Civil Veterinary Dept. Bombay admin report 1923-31 - 1923-1931
Year: 1923
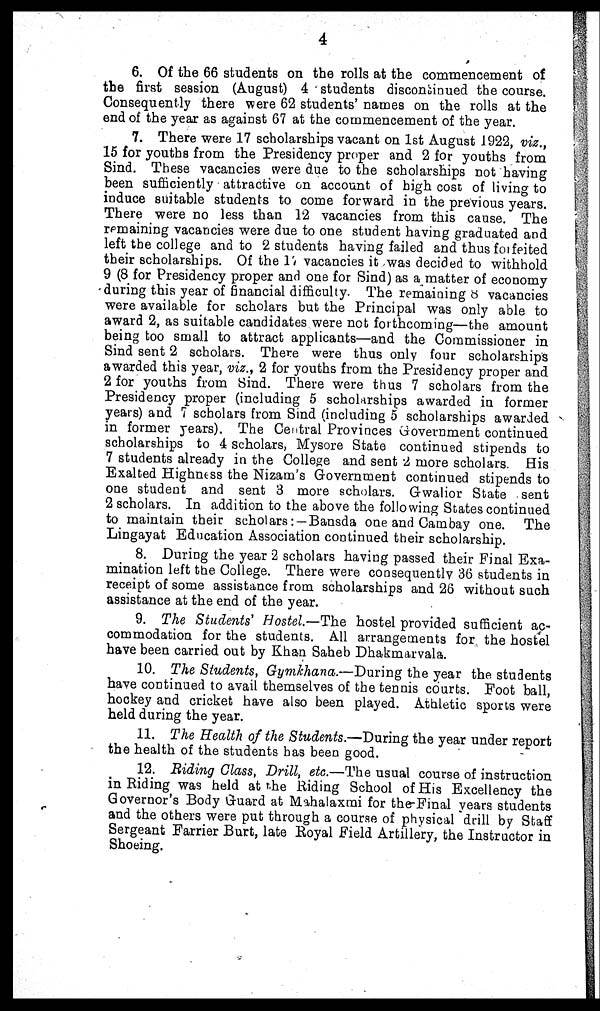
4
6. Of the 66 students on the rolls at the commencement of
the first session (August) 4 students discontinued the course.
Consequently there were 62 students' names on the rolls at the
end of the year as against 67 at the commencement of the year.
7. There were 17 scholarships vacant on 1st August 1922, viz.,
15 for youths from the Presidency proper and 2 for youths from
Sind. These vacancies were due to the scholarships not having
been sufficiently attractive on account of high cost of living to
induce suitable students to come forward in the previous years.
There were no less than 12 vacancies from this cause. The
remaining vacancies were due to one student having graduated and
left the college and to 2 students having failed and thus forfeited
their scholarships. Of the 17 vacancies it was decided to withhold
9 (8 for Presidency proper and one for Sind) as a matter of economy
during this year of financial difficulty. The remaining 8 vacancies
were available for scholars but the Principal was only able to
award 2, as suitable candidates were not forthcoming—the amount
being too small to attract applicants—and the Commissioner in
Sind sent 2 scholars. There were thus only four scholarship's
awarded this year, viz., 2 for youths from the Presidency proper and
2 for youths from Sind. There were thus 7 scholars from the
Presidency proper (including 5 scholarships awarded in former
years) and 7 scholars from Sind (including 5 scholarships awarded
in former years). The Central Provinces Government continued
scholarships to 4 scholars, Mysore State continued stipends to
7 students already in the College and sent 2 more scholars. His
Exalted Highness the Nizam's Government continued stipends to
one student and sent 3 more scholars. Gwalior State sent
2 scholars. In addition to the above the following States continued
to maintain their scholars :— Bansda one and Cambay one. The
Lingayat Education Association continued their scholarship.
8. During the year 2 scholars having passed their Final Exa-
mination left the College. There were consequently 36 students in
receipt of some assistance from scholarships and 26 without such
assistance at the end of the year.
9. The Students' Hostel.—The hostel provided sufficient ac-
commodation for the students. All arrangements for the hostel
have been carried out by Khan Saheb Dhakmarvala.
10. The Students, Gymkhana.—During the year the students
have continued to avail themselves of the tennis courts. Foot ball,
hockey and cricket have also been played. Athletic sports were
held during the year.
11. The Health of the Students.—During the year under report
the health of the students has been good.
12. Biding Glass, Drill, etc.—The usual course of instruction
in Riding was held at the Riding School of His Excellency the
Governor's Body Guard at Mahalaxmi for the Final years students
and the others were put through a course of physical drill by Staff
Sergeant Farrier Burt, late Royal Field Artillery, the Instructor in
Shoeing.